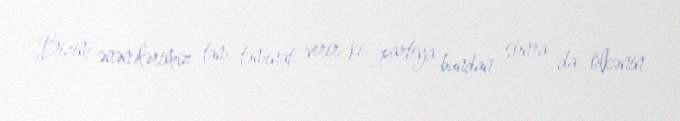
Bizim ənənələrimiz tam təminat verir ki, partiya bundan sonra da ölkənin